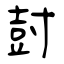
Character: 尌